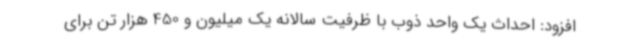
افزود: احداث یک واحد ذوب با ظرفیت سالانه یک میلیون و 450 هزار تن برای